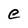
Character: e